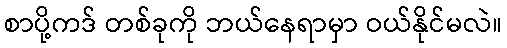
စာပို့ကဒ် တစ်ခုကို ဘယ်နေရာမှာ ဝယ်နိုင်မလဲ။